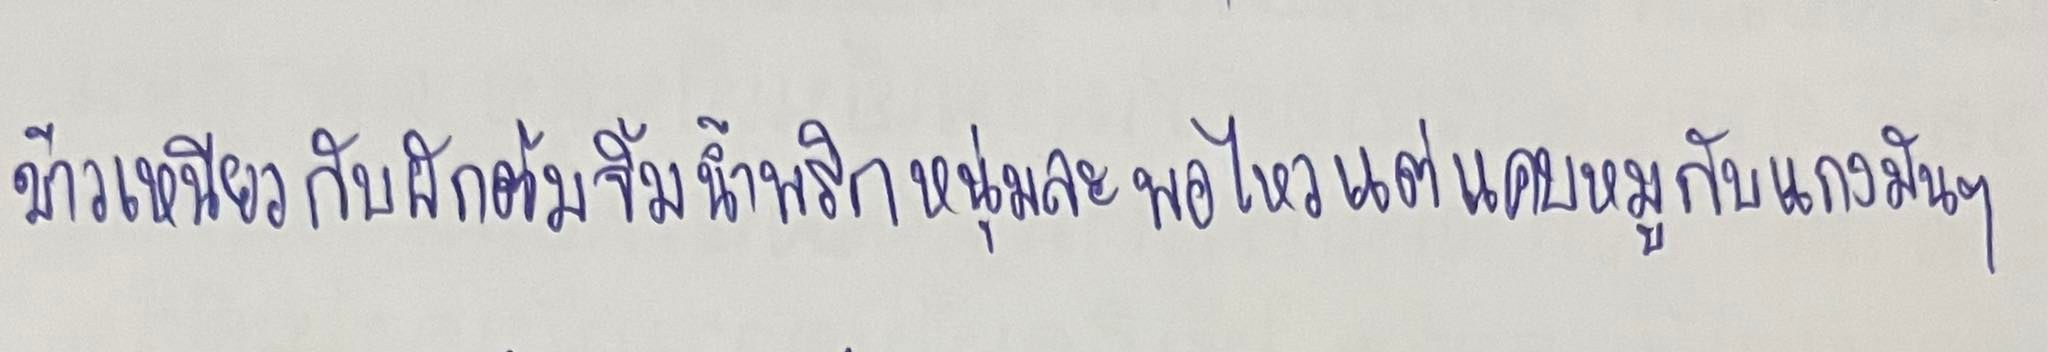
ข้าวเหนียวกับผักต้มจิ้มน้ำพริกหนุ่มละพอไหวแต่แคบหมูกับแกงมันๆ